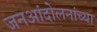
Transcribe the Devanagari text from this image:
जनआंदोलनांच्या